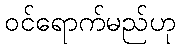
ဝင်ရောက်မည်ဟု